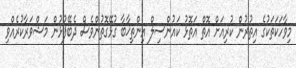
މިވާހަކަތަކުގެ އިތުރުން ކުރިއަށް އޮތް އަތޮޅު ކައުންސިލް އިންތިޚާބާ ގުޅޭގޮތުންވެސް ދެބޭފުޅުން މަޝްވަރާކުރެއްވި